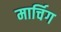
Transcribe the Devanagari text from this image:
मार्चिग